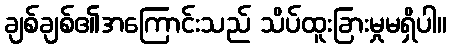
ချစ်ချစ်၏အကြောင်းသည် သိပ်ထူးခြားမှုမရှိပါ။